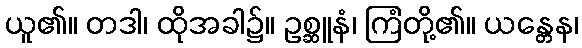
ယူ၏။ တဒါ၊ ထိုအခါ၌။ ဥစ္ဆူနံ၊ ကြံတို့၏။ ယန္တေန၊